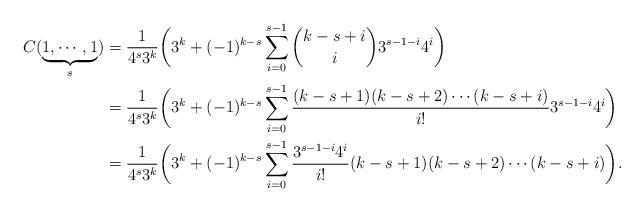
LaTeX: \begin{align*}C(\underbrace{1,\cdots,1}_s)&=\frac{1}{4^s3^k}\biggl(3^k+(-1)^{k-s}\sum_{i=0}^{s-1}\binom{k-s+i}{i}3^{s-1-i}4^i\biggr) \\&=\frac{1}{4^s3^k}\biggl(3^k+(-1)^{k-s}\sum_{i=0}^{s-1}\frac{(k-s+1)(k-s+2)\cdots(k-s+i)}{i!}3^{s-1-i}4^i\biggr) \\&=\frac{1}{4^s3^k}\biggl( 3^k+(-1)^{k-s}\sum_{i=0}^{s-1}\frac{3^{s-1-i}4^i}{i!}(k-s+1)(k-s+2)\cdots(k-s+i)\biggr).\end{align*}